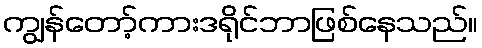
ကျွန်တော့်ကားဒရိုင်ဘာဖြစ်နေသည်။